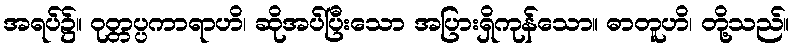
အရပ်၌။ ဝုတ္တပ္ပကာရာဟိ၊ ဆိုအပ်ပြီးသော အပြားရှိကုန်သော။ ဓာတူဟိ၊ တို့သည်။